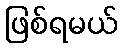
ဖြစ်ရမယ်